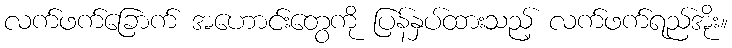
လက်ဖက်ခြောက် အဟောင်းတွေကို ပြန်နှပ်ထားသည့် လက်ဖက်ရည်အိုး။